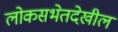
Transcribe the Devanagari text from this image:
लोकसभेतदेखील